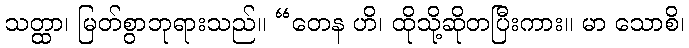
သတ္ထာ၊ မြတ်စွာဘုရားသည်။ “တေန ဟိ၊ ထိုသို့ဆိုတပြီးကား။ မာ သောစိ၊